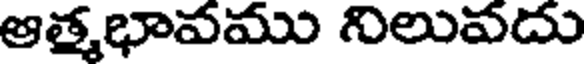
ఆత్మభావము నిలువదు